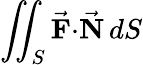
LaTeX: \iint_{S}{\vec{\mathbf{F}}}\mathbf{\cdot}{\vec{\mathbf{N}}}\, dS